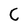
Character: C